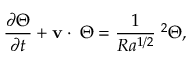
\frac { \partial \Theta } { \partial t } + \mathbf { v } \cdot \mathbf { \nabla } \Theta = \frac { 1 } { R a ^ { 1 / 2 } } \mathbf { \nabla } ^ { 2 } \Theta ,